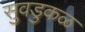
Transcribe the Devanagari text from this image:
सुवडुकळ